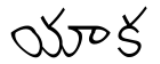
యాక